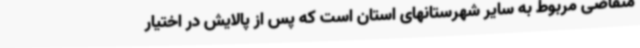
متقاضی مربوط به سایر شهرستانهای استان است که پس از پالایش در اختیار